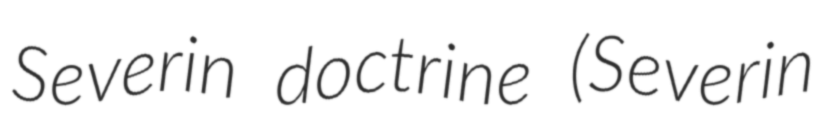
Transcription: Severin doctrine (Severin